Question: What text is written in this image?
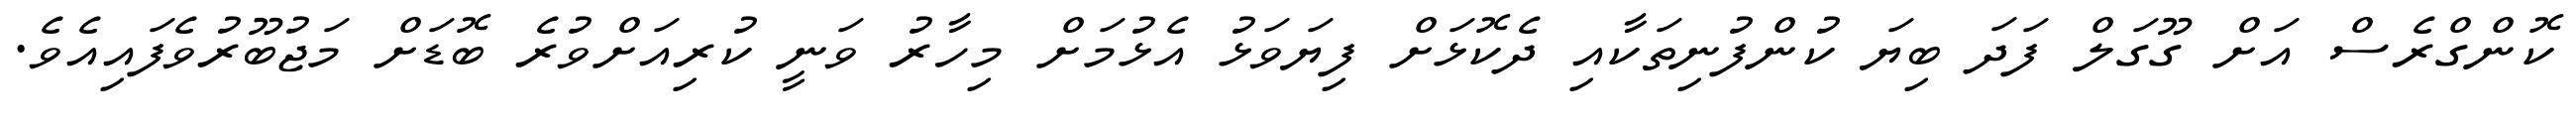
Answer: ކޮންގްރެސް އަށް ގޫގަލް ފަދަ ބިޔަ ކުންފުނިތަކާއި ދެކޮޅަށް ފިޔަވަޅު އެޅުމަށް މިހާރު ވަނީ ކުރިއަށްވުރެ ބޮޑަށް މަޖުބޫރުވެފައިއެވެ.